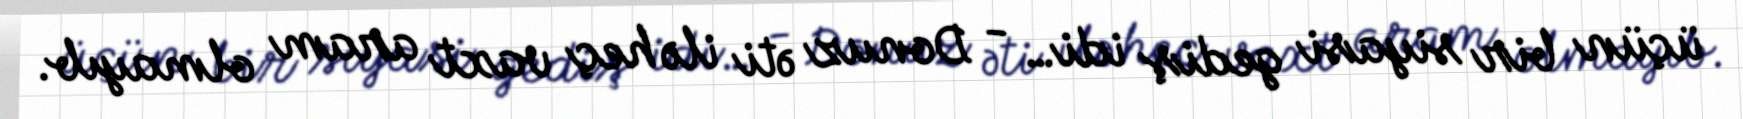
üçün bir siyasi gediş idi… - Donuz əti ilə heç vaxt aram olmayıb.